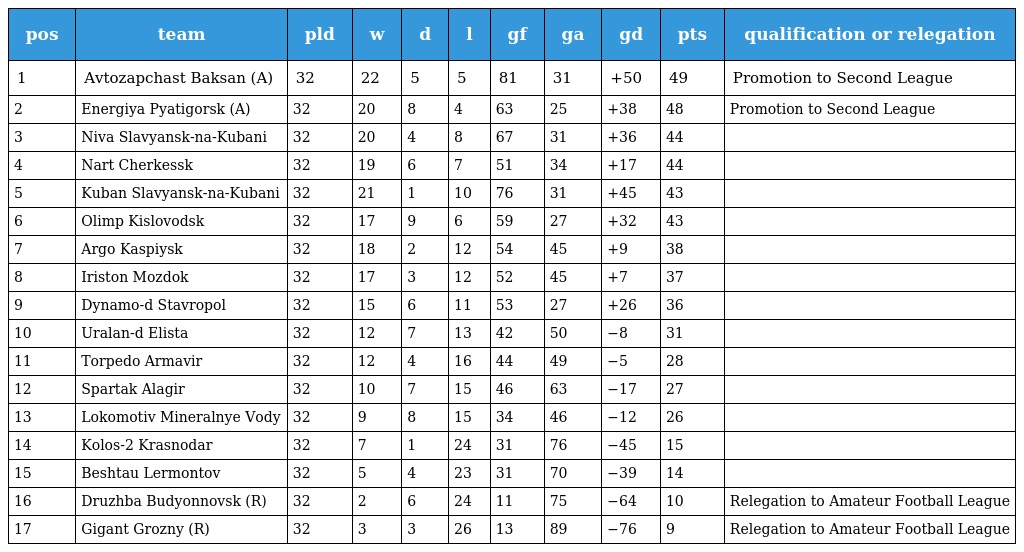
| pos | team | pld | w | d | l | gf | ga | gd | pts | qualification or relegation |
 | --- | --- | --- | --- | --- | --- | --- | --- | --- | --- | --- |
 | 1 | Avtozapchast Baksan (A) | 32 | 22 | 5 | 5 | 81 | 31 | +50 | 49 | Promotion to Second League |
 | 2 | Energiya Pyatigorsk (A) | 32 | 20 | 8 | 4 | 63 | 25 | +38 | 48 | Promotion to Second League |
 | 3 | Niva Slavyansk-na-Kubani | 32 | 20 | 4 | 8 | 67 | 31 | +36 | 44 |  |
 | 4 | Nart Cherkessk | 32 | 19 | 6 | 7 | 51 | 34 | +17 | 44 |  |
 | 5 | Kuban Slavyansk-na-Kubani | 32 | 21 | 1 | 10 | 76 | 31 | +45 | 43 |  |
 | 6 | Olimp Kislovodsk | 32 | 17 | 9 | 6 | 59 | 27 | +32 | 43 |  |
 | 7 | Argo Kaspiysk | 32 | 18 | 2 | 12 | 54 | 45 | +9 | 38 |  |
 | 8 | Iriston Mozdok | 32 | 17 | 3 | 12 | 52 | 45 | +7 | 37 |  |
 | 9 | Dynamo-d Stavropol | 32 | 15 | 6 | 11 | 53 | 27 | +26 | 36 |  |
 | 10 | Uralan-d Elista | 32 | 12 | 7 | 13 | 42 | 50 | −8 | 31 |  |
 | 11 | Torpedo Armavir | 32 | 12 | 4 | 16 | 44 | 49 | −5 | 28 |  |
 | 12 | Spartak Alagir | 32 | 10 | 7 | 15 | 46 | 63 | −17 | 27 |  |
 | 13 | Lokomotiv Mineralnye Vody | 32 | 9 | 8 | 15 | 34 | 46 | −12 | 26 |  |
 | 14 | Kolos-2 Krasnodar | 32 | 7 | 1 | 24 | 31 | 76 | −45 | 15 |  |
 | 15 | Beshtau Lermontov | 32 | 5 | 4 | 23 | 31 | 70 | −39 | 14 |  |
 | 16 | Druzhba Budyonnovsk (R) | 32 | 2 | 6 | 24 | 11 | 75 | −64 | 10 | Relegation to Amateur Football League |
 | 17 | Gigant Grozny (R) | 32 | 3 | 3 | 26 | 13 | 89 | −76 | 9 | Relegation to Amateur Football League |